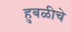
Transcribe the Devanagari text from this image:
हुबळीचे